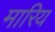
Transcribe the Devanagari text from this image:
मारिय